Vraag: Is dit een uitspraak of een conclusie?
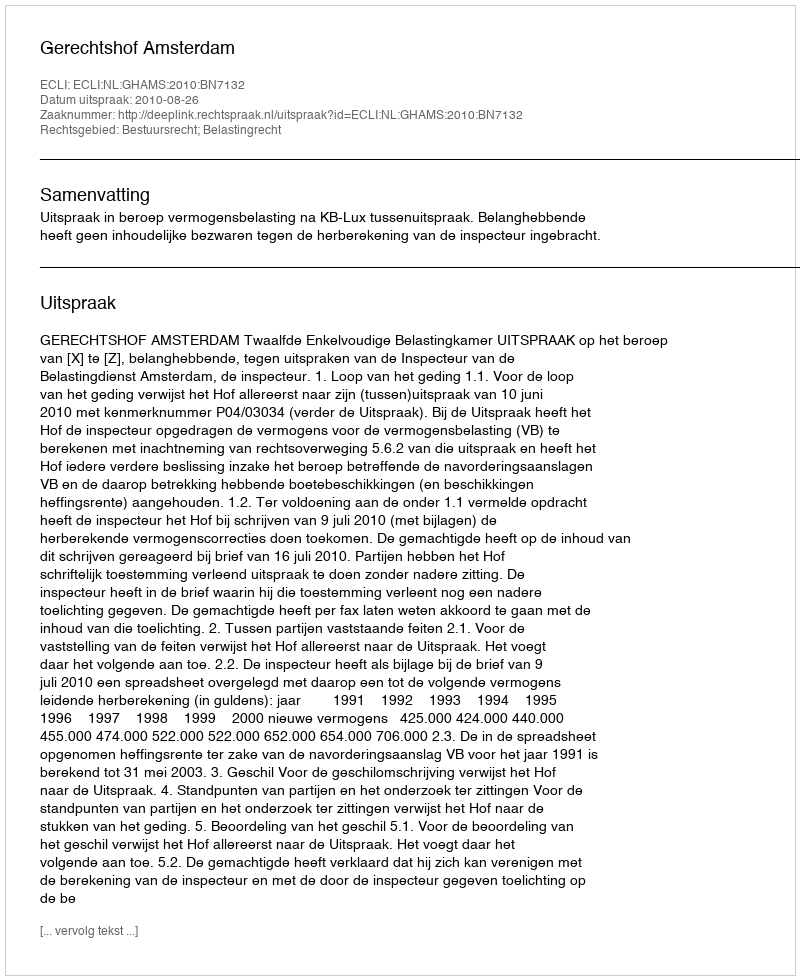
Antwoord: Uitspraak